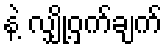
နဲ့ လျှို့ဝှက်ချက်